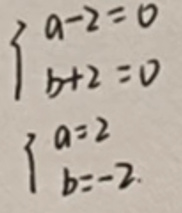
\begin{cases}
a - 2 = 0 \\
b + 2 = 0
\end{cases}

\begin{cases}
a = 2 \\
b = -2
\end{cases}